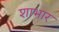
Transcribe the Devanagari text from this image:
शाभार